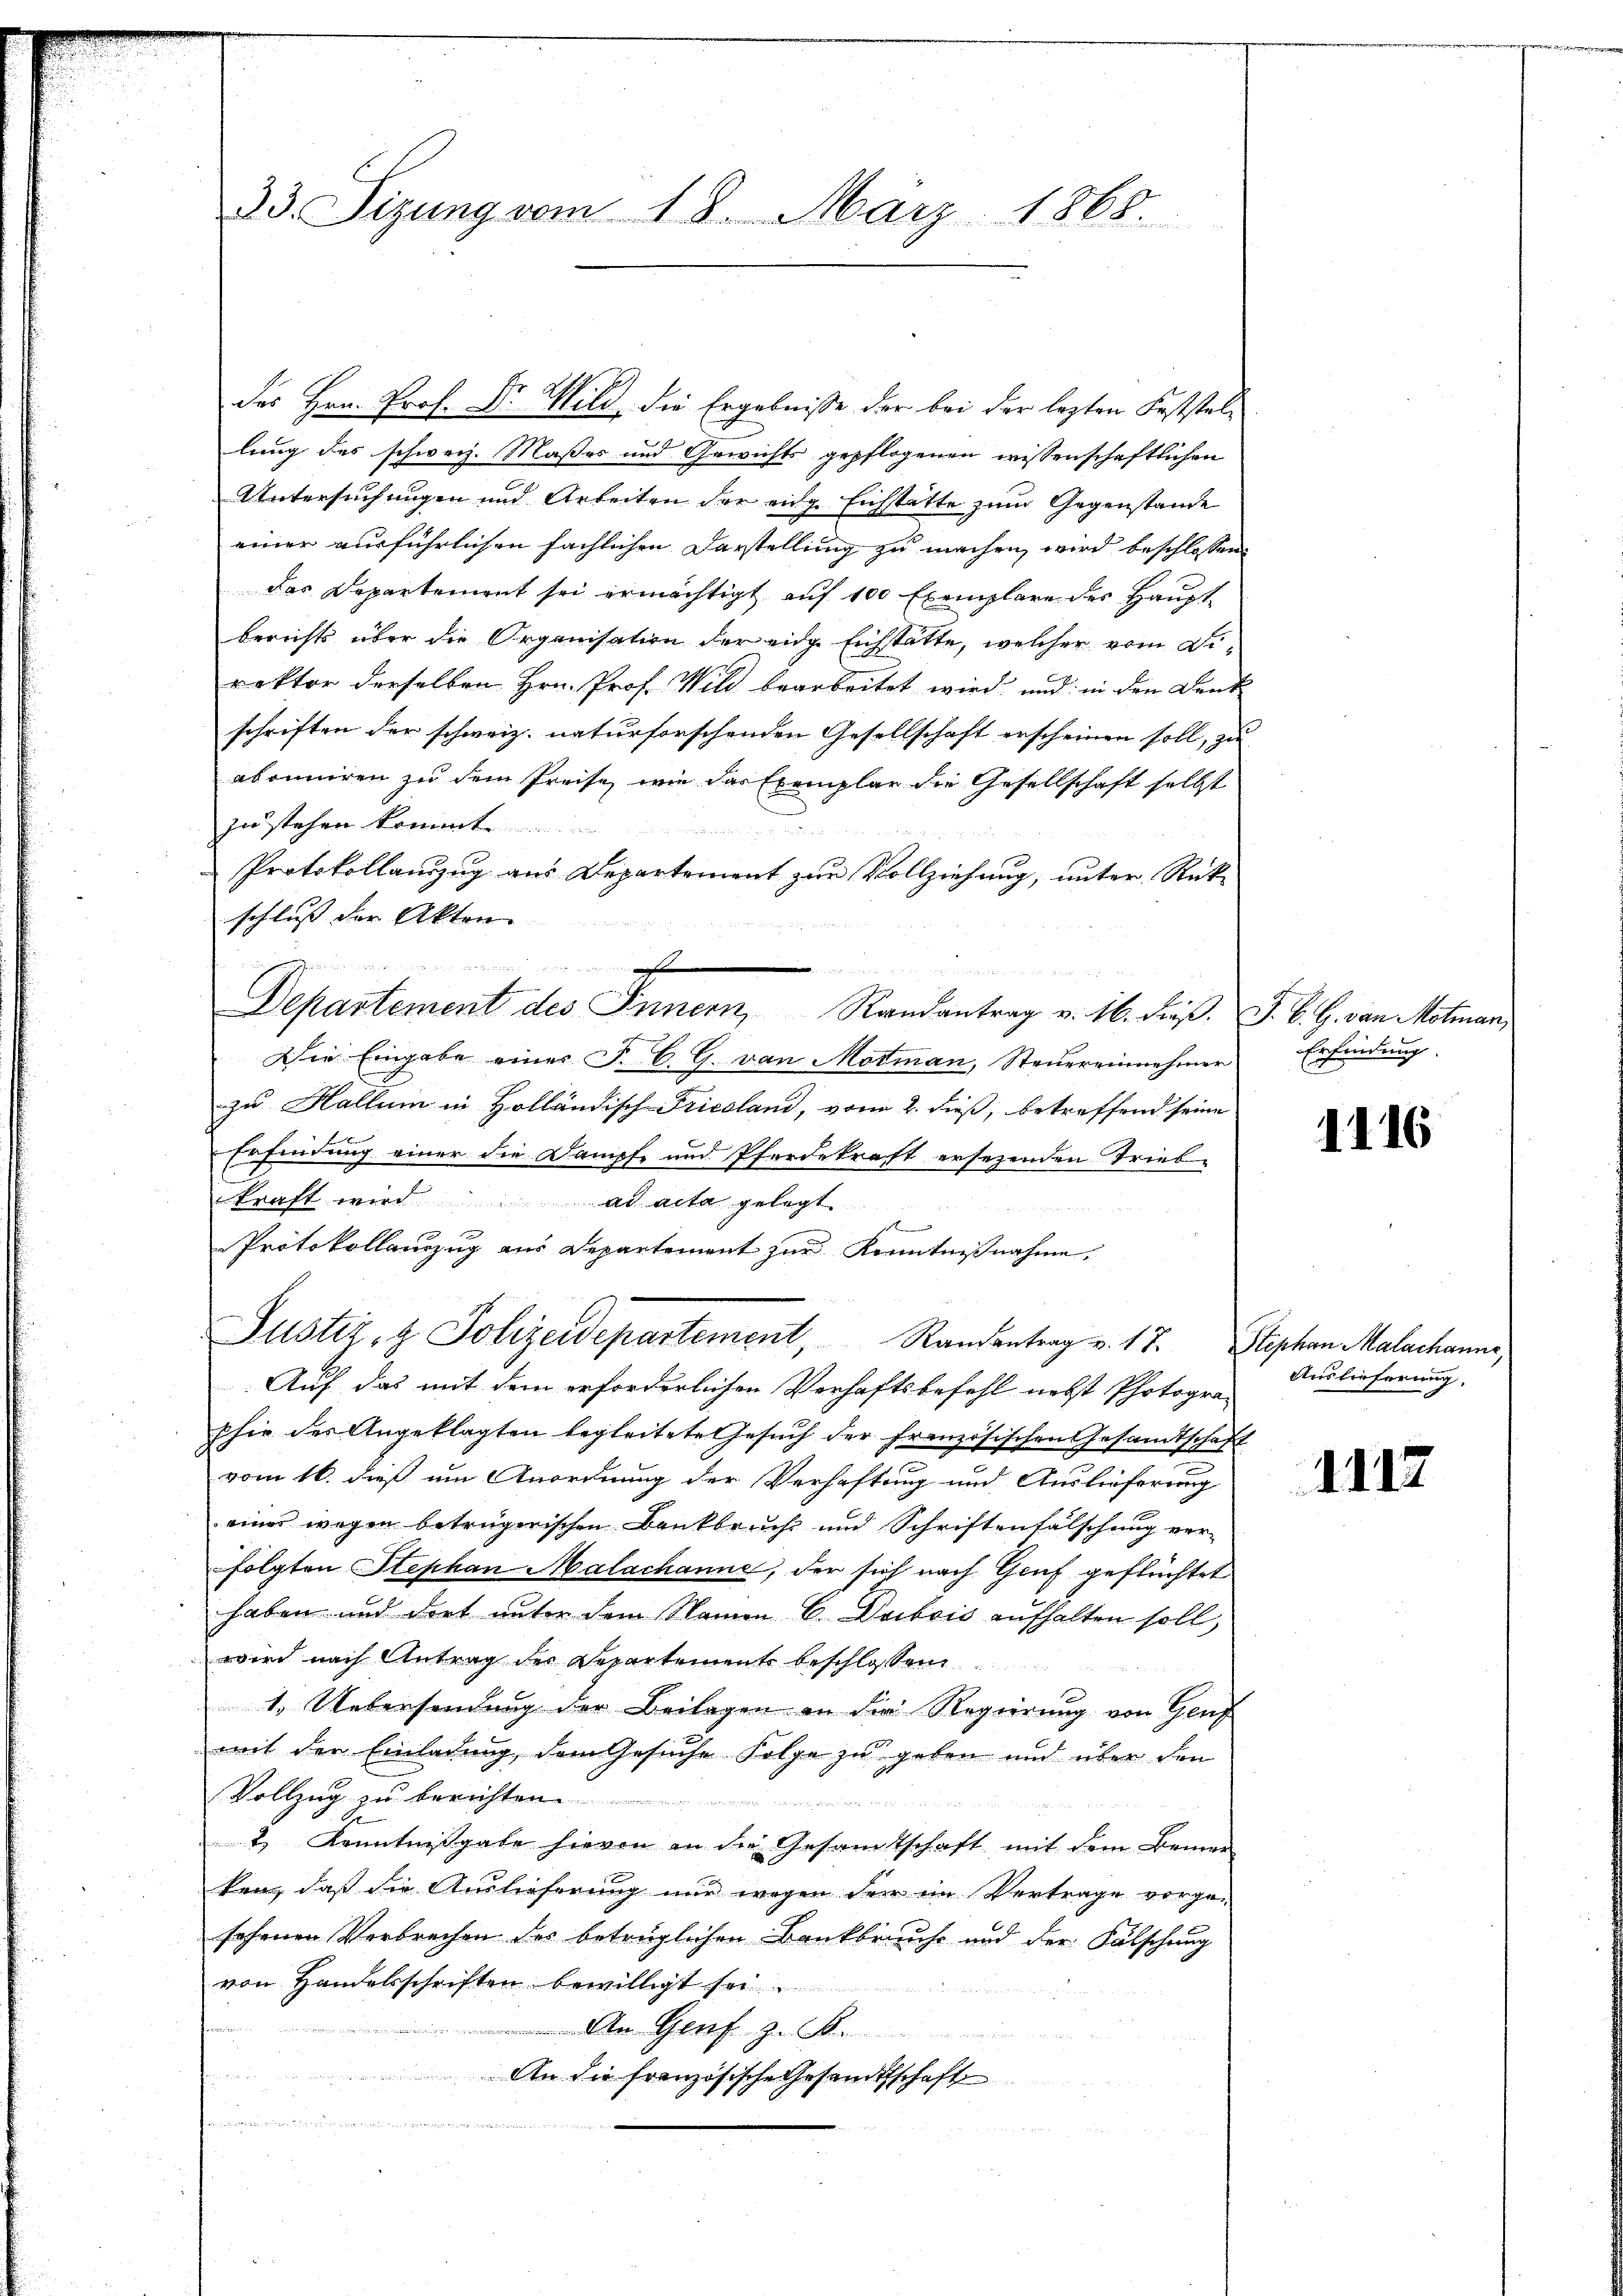
33. Sizung vom 18. März 1868.

lung des schweiz. Maßes und Gewichts gepflogenen wissenschaftlichen
Untersuchungen und Arbeiten der eidg. Eichstätte zum Gegenstände
einer ausführlichen fächlichen Darstellung zu machen, wird beschlossene
das Departement sei ermächtigt auf 100 Exemplare des Haupt
Berichts über die Organisation der eige Eichstätte, welcher vom Direktor derselben Hrn. Prof. Wild bearbeitet wird, und in den Dank
schriften der schweiz. naturforschenden Gesellschaft erscheinen soll, zu |
abonniren zu dem Preise, wie das Exemplar die Gesellschaft selbst
zu stehen kommt.
Protokollanzug aus Departement zur Vollziehung, unter Rückschluß der Akten

2
Departement des Innern Randantrag v. 16. dieβ. J. B. G. von Motman
Die Eingabe einer J. C. G. von Motman, Steuereinnehmer
zu Hallum in Holländisch-Pricoland, vom 2. dieß, betreffend seine
Erfindung einer die Dampfe und Pferdekraft ersezenden Triebkraft wird ad acta gelegt
f
Protokollanzug aus Departement zur Kenntnißnahme.
Justiz- & Polizeidepartement, Randantrag v. 17. Stephan Malachanne,
Auf das mit dem erforderlichen Verhaftsbefehl nebst Photogra-
phie des Angeklagten begleitete Gesuch der Französischen Gesandtschaft
vom 16. dieß um Anordnung der Verhaftung und Auslieferung
einer wegen betrügerischen Bankbrucht und Schriftenfälschung ver-
folgten Stephan Malachanne, der sich nach Genf geflüchtet
haben und dort unter dem Namen C. Dubois aufhalten soll,
wird nach Antrag der Departements beschlossen
1. Uebersendung der Beilagen an die Regierung von Genf
mit der Einladung, dem Gesuche Folge zu geben und über den
Vollzug zu berichten.
 werden den die
2) Kenntnisgabe hievon an die Gesandtschaft mit dem Bemer
ken, daß die Auslieferung nur wegen der im Vertrage vorgesehenen Verbrechen des betrüglichen Bankbrauche und der Fälschung
von Handelsschriften bewilligt sei
An Genf z. B.
An die französische Gesandtschaft

des Hrn. Prof. Dr. Wild die Ergebnisse der bei der lezten Feststel¬

Erfindung.

1116

Auslieferung.

1117